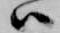
ハ